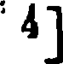
4]